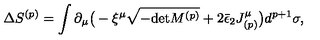
\Delta S ^ { ( p ) } = \int \partial _ { \mu } \big ( - \xi ^ { \mu } \sqrt { - \mathrm { d e t } M ^ { ( p ) } } + 2 \bar { \epsilon } _ { 2 } J _ { ( p ) } ^ { \mu } \big ) d ^ { p + 1 } \sigma ,